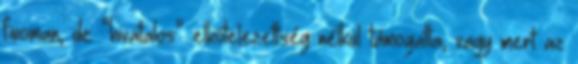
finoman, de “hivatalos” elkötelezettség nélkül támogatta, vagy mert az